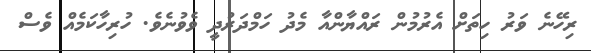
ރިހޭނެ ވަރު ހިތަށް އެރުމުން ރައްޔާންއާ މެދު ހަމްދަރުދީ ވެވުނެވެ. ހުރިހާކަމެއް ވެސް